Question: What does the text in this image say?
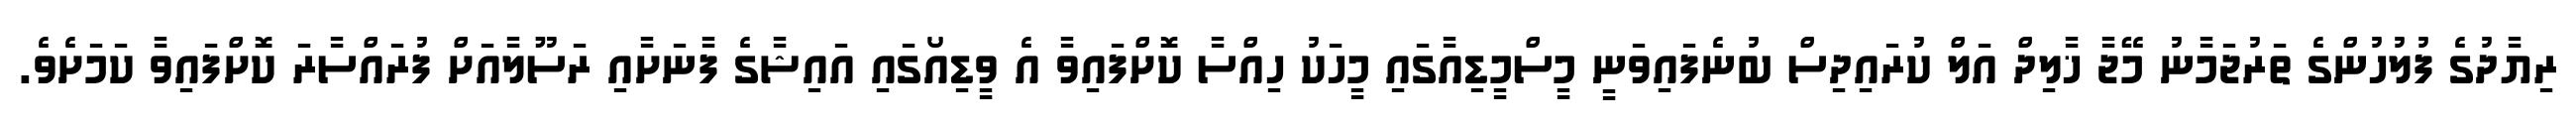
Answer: ރިޔާދުގެ ފުލުހުންގެ ތަރުޖަމާނު މޭޖާ ޚާލިދް އަލް ކުރައިދިސް ބުނެފައިވަނީ މީސްމީޑިއާގައި މީހަކު ހިއްސާ ކޮށްފައިވާ އެ ވީޑިއޯގައި އައިޝާގެ ފާނަށާއި ރަސޫލާއަށް ފުރައްސާރަ ކޮށްފައިވާ ކަމަށެވެ.